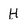
Character: H